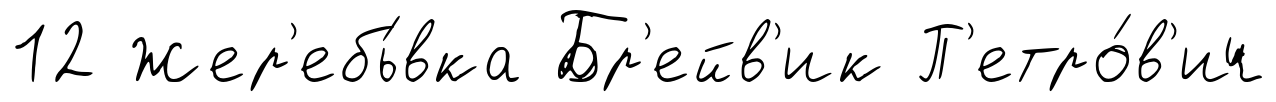
12 Жер'ебь́вка Бр'ейв'ик П'етро́в'ич